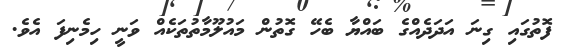
ފޮތުގައި ގިނަ އަދަދެއްގެ ބައްޔާ ބެހޭ ގޮތުން މައުލޫމާތުތަކެއް ވަނީ ހިމެނިފަ އެވެ.